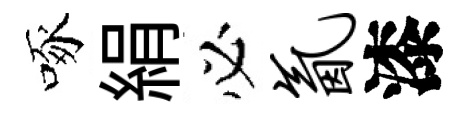
啄絹必氤漆